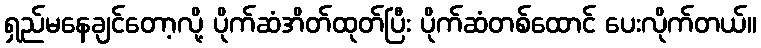
ရှည်မနေချင်တော့လို့ ပိုက်ဆံအိတ်ထုတ်ပြီး ပိုက်ဆံတစ်ထောင် ပေးလိုက်တယ်။